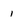
Character: 1